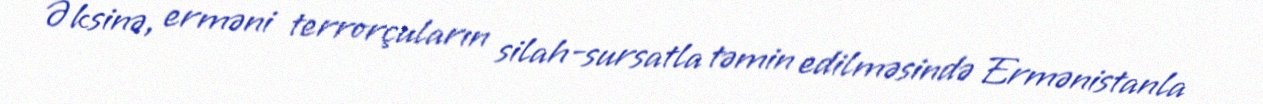
Əksinə, erməni terrorçuların silah-sursatla təmin edilməsində Ermənistanla